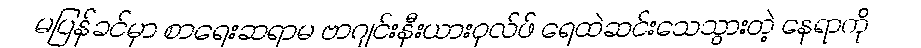
မပြန်ခင်မှာ စာရေးဆရာမ ဗာဂျင်းနီးယားဝုလ်ဖ် ရေထဲဆင်းသေသွားတဲ့ နေရာကို